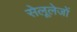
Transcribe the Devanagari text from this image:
सेलूलेजों